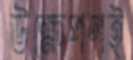
উক্ষেপণই